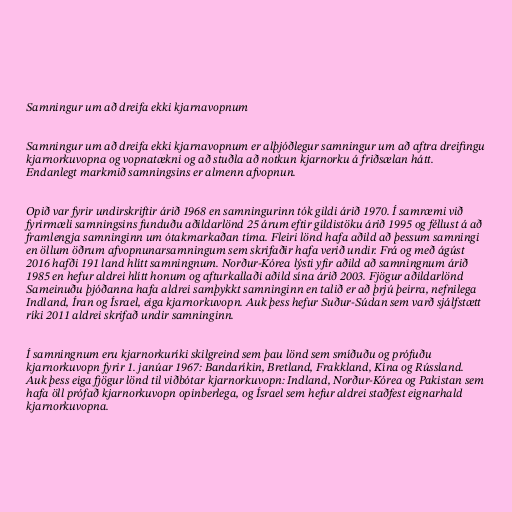
Samningur um að dreifa ekki kjarnavopnum

Samningur um að dreifa ekki kjarnavopnum er alþjóðlegur samningur um að aftra dreifingu
kjarnorkuvopna og vopnatækni og að stuðla að notkun kjarnorku á friðsælan hátt.
Endanlegt markmið samningsins er almenn afvopnun.

Opið var fyrir undirskriftir árið 1968 en samningurinn tók gildi árið 1970. Í samræmi við
fyrirmæli samningsins funduðu aðildarlönd 25 árum eftir gildistöku árið 1995 og féllust á að
framlengja samninginn um ótakmarkaðan tíma. Fleiri lönd hafa aðild að þessum samningi
en öllum öðrum afvopnunarsamningum sem skrifaðir hafa verið undir. Frá og með ágúst
2016 hafði 191 land hlítt samningnum. Norður-Kórea lýsti yfir aðild að samningnum árið
1985 en hefur aldrei hlítt honum og afturkallaði aðild sína árið 2003. Fjögur aðildarlönd
Sameinuðu þjóðanna hafa aldrei samþykkt samninginn en talið er að þrjú þeirra, nefnilega
Indland, Íran og Ísrael, eiga kjarnorkuvopn. Auk þess hefur Suður-Súdan sem varð sjálfstætt
ríki 2011 aldrei skrifað undir samninginn.

Í samningnum eru kjarnorkuríki skilgreind sem þau lönd sem smíðuðu og prófuðu
kjarnorkuvopn fyrir 1. janúar 1967: Bandaríkin, Bretland, Frakkland, Kína og Rússland.
Auk þess eiga fjögur lönd til viðbótar kjarnorkuvopn: Indland, Norður-Kórea og Pakistan sem
hafa öll prófað kjarnorkuvopn opinberlega, og Ísrael sem hefur aldrei staðfest eignarhald
kjarnorkuvopna.